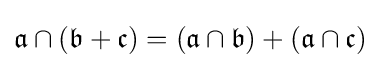
{\mathfrak {a}}\cap ({\mathfrak {b}}+{\mathfrak {c}})=({\mathfrak {a}}\cap {\mathfrak {b}})+({\mathfrak {a}}\cap {\mathfrak {c}})